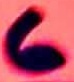
Text: 6